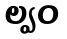
ల్వం